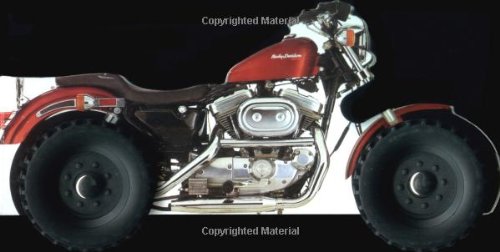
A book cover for Big Wheelie Books: Motorcycle; DK; Children's Books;